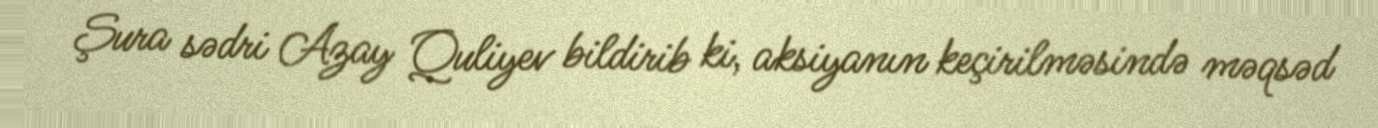
Şura sədri Azay Quliyev bildirib ki, aksiyanın keçirilməsində məqsəd